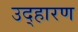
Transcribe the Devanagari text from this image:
उद्हारण